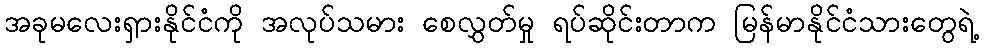
အခုမလေးရှားနိုင်ငံကို အလုပ်သမား စေလွှတ်မှု ရပ်ဆိုင်းတာက မြန်မာနိုင်ငံသားတွေရဲ့